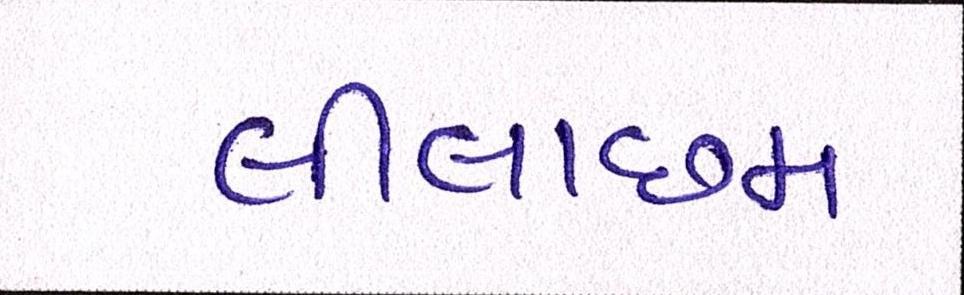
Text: લીલાછમ